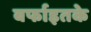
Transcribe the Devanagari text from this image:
बर्फाइतके